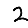
Digit: 2